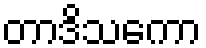
တာဒိသကော